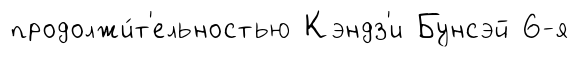
продолжи́т'ельностью Кэндз'и Бунсэй 6-я